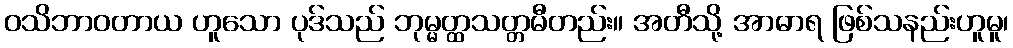
ဝသိဘာဝတာယ ဟူသော ပုဒ်သည် ဘုမ္မတ္ထသတ္တမီတည်း။ အတီသို့ အာဓာရ ဖြစ်သနည်းဟူမူ၊